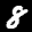
Label: 8